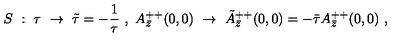
S \ : \ \tau \ \rightarrow \ \tilde { \tau } = - \frac { 1 } { \tau } \ , \ A _ { \bar { z } } ^ { + + } ( 0 , 0 ) \ \rightarrow \ \tilde { A } _ { \bar { z } } ^ { + + } ( 0 , 0 ) = - \bar { \tau } A _ { \bar { z } } ^ { + + } ( 0 , 0 ) \ ,